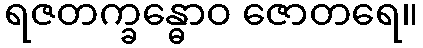
ရဇတက္ခန္ဓောဝ ဇောတရေ။